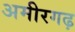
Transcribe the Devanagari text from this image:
अमीरगढ़